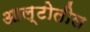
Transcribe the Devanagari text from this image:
आल्टोतील